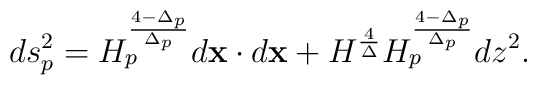
ds^2_p=H^{{4-\Delta_p}\over{\Delta_p}}_pd{\bf x}\cdot d{\bf x}+H^{4\over\Delta}H^{{4-\Delta_p}\over{\Delta_p}}_p dz^2.